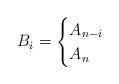
LaTeX: \begin{align*} B_i= \begin{cases} A_{n-i}&\\ A_n & \end{cases} \end{align*}